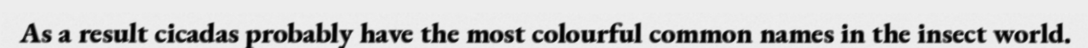
As a result cicadas probably have the most colourful common names in the insect world.